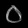
Digit: ၀